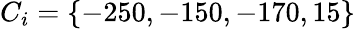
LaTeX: C_{i}=\{ -250,-150,-170,15\}